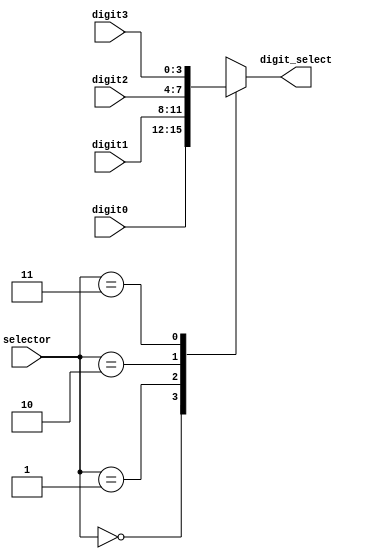
`timescale 1ns / 1ps

module bcd_control(
    input [1:0] selector,
    input [3:0] digit3,
    input [3:0] digit2,
    input [3:0] digit1,
    input [3:0] digit0,
    output reg [3:0] digit_select
);
    
    always @(*) begin
        case(selector)
            2'd0: digit_select <= digit0;
            2'd1: digit_select <= digit1;
            2'd2: digit_select <= digit2;
            2'd3: digit_select <= digit3;
            default: digit_select <= digit0;    
        endcase
    end
endmodule